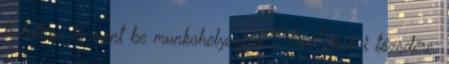
tudatban is ment be munkahelyére, a New York-i tőzsdére.